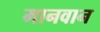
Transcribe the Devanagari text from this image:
मानवान